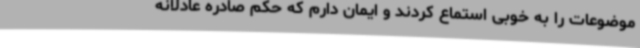
موضوعات را به خوبی استماع کردند و ایمان دارم که حکم صادره عادلانه